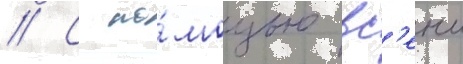
// С по́мощью вс'еи